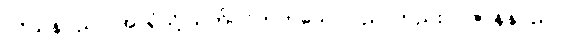
ပဝိသနပညာ၊ အာရုံသို့ သက်ဝင်တတ်သော ပညာတည်း။ ပဇာနနပညာ၊